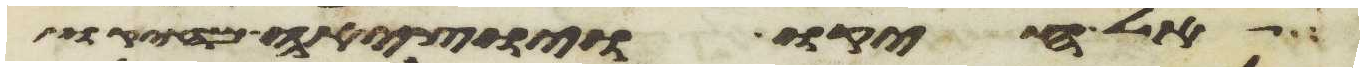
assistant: אל חיקו ויוציאה מחיקו